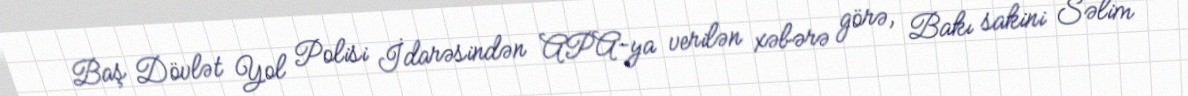
Baş Dövlət Yol Polisi İdarəsindən APA-ya verilən xəbərə görə, Bakı sakini Səlim